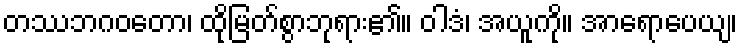
တဿဘဂဝတော၊ ထိုမြတ်စွာဘုရား၏။ ဝါဒံ၊ အယူကို။ အာရောပေယျ၊